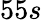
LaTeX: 55s